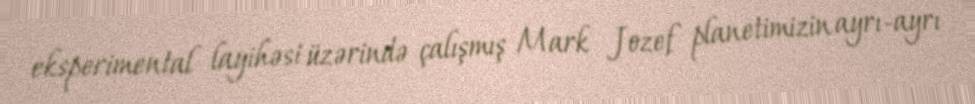
eksperimental layihəsi üzərində çalışmış Mark Jozef planetimizin ayrı-ayrı